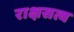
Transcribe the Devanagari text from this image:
राक्षसत्व